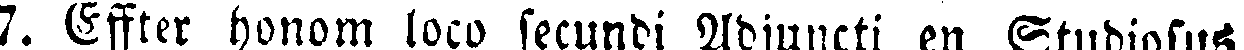
7. Efter honom loco secundi Adjuncti en Studiosus